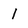
Character: l